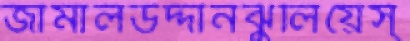
জামালউদ্দীনঝুঁলিয়েস্